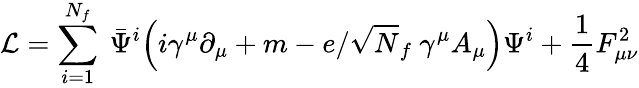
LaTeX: {\cal L}=\sum_{i=1}^{N_{f}}~\bar{{\Psi}}^{i}\Big(i\gamma^{\mu}\partial_{\mu}+m-e/\sqrt N_{f}~\gamma^{\mu}A_{\mu}\Big)\Psi^{i}+\frac{1}{4}F_{{\mu}{\nu}}^{2}